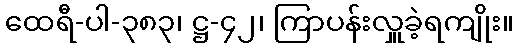
ထေရီ-ပါ-၃၈၃၊ ဋ္ဌ-၄၂၊ ကြာပန်းလှူခဲ့ရကျိုး။